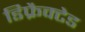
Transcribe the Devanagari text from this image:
डिफ्रैक्टेड